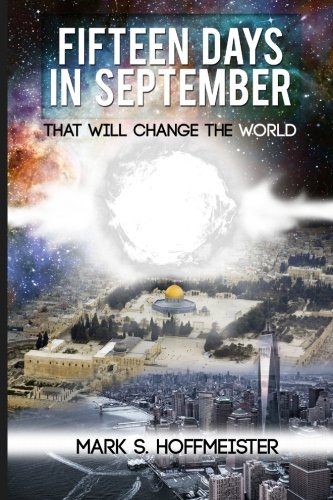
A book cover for Fifteen Days in September That Will Change the World; Mark S. Hoffmeister; Christian Books & Bibles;